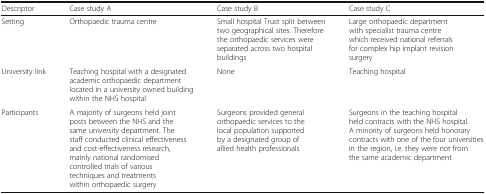
<table><thead><tr><td><b>Descriptor</b></td><td><b>Case study A</b></td><td><b>Case study B</b></td><td><b>Case study C</b></td></tr></thead><tbody><tr><td>Setting</td><td>Orthopaedic trauma centre</td><td>Small hospital Trust split between two geographical sites. Therefore the orthopaedic services were separated across two hospital buildings</td><td>Large orthopaedic department with specialist trauma centre which received national referrals for complex hip implant revision surgery</td></tr><tr><td>University link</td><td>Teaching hospital with a designated academic orthopaedic department located in a university owned building within the NHS hospital</td><td>None</td><td>Teaching hospital</td></tr><tr><td>Participants</td><td>A majority of surgeons held joint posts between the NHS and the same university department. The staff conducted clinical effectiveness and cost-effectiveness research, mainly national randomised controlled trials of various techniques and treatments within orthopaedic surgery</td><td>Surgeons provided general orthopaedic services to the local population supported by a designated group of allied health professionals</td><td>Surgeons in the teaching hospital held contracts with the NHS hospital. A minority of surgeons held honorary contracts with one of the four universities in the region, i.e. they were not from the same academic department</td></tr></tbody></table>